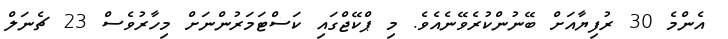
އެންމެ 30 ރުފިޔާއަށް ބޭނުންކުރެވޭނެއެވެ. މި ޕްކޭޖްގައި ކަސްޓަމަރުންނަށް މިހާރުވެސް 23 ޗެނަލް